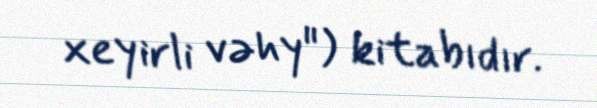
xeyirli vəhy") kitabıdır.